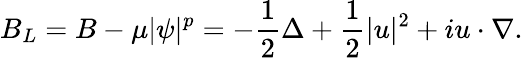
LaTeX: B_{L}=B-\mu\lvert\psi\rvert^{p}=-\frac{1}{2}\Delta+\frac{1}{2}\lvert u\rvert^{2}+iu\cdot\nabla.